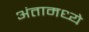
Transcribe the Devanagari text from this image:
अंतामध्ये